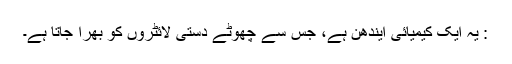
: یہ ایک کیمیائی ایندھن ہے، جس سے چھوٹے دستی لائٹروں کو بھرا جاتا ہے۔